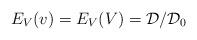
LaTeX: \begin{align*} E_{V}(v)= E_{V}(V)= \mathcal{D}/\mathcal{D}_0\end{align*}